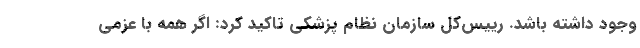
وجود داشته باشد. رییس‌کل سازمان نظام پزشکی تاکید کرد: اگر همه با عزمی